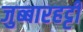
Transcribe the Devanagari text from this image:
जुब्‍बारहट्टी